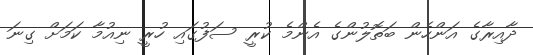
ދާއިރާގެ އަންހެން ބަތޮލުންގެ އެންމެ ކުރީ ސަފުގައި ހުރީ ނިއުމާ ކަމަށް ގިނަ